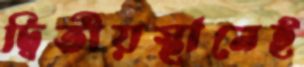
দ্বিতীয়স্থানেই